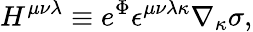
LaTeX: H^{\mu\nu\lambda}\equiv e^{\Phi}\epsilon^{\mu\nu\lambda\kappa}\nabla_{\kappa}\sigma,